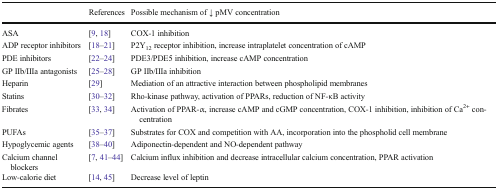
<table><thead><tr><td></td><td><b>References</b></td><td><b>Possible mechanism of ↓ pMV concentration</b></td></tr></thead><tbody><tr><td>ASA</td><td>[9, 18]</td><td>COX-1 inhibition</td></tr><tr><td>ADP receptor inhibitors</td><td>[18–21]</td><td>P2Y<sub>12</sub> receptor inhibition, increase intraplatelet concentration of cAMP</td></tr><tr><td>PDE inhibitors</td><td>[22–24]</td><td>PDE3/PDE5 inhibition, increase cAMP concentration</td></tr><tr><td>GP IIb/IIIa antagonists</td><td>[25–28]</td><td>GP IIb/IIIa inhibition</td></tr><tr><td>Heparin</td><td>[29]</td><td>Mediation of an attractive interaction between phospholipid membranes</td></tr><tr><td>Statins</td><td>[30–32]</td><td>Rho-kinase pathway, activation of PPARs, reduction of NF-κB activity</td></tr><tr><td>Fibrates</td><td>[33, 34]</td><td>Activation of PPAR-α, increase cAMP and cGMP concentration, COX-1 inhibition, inhibition of Ca<sup>2+</sup> concentration</td></tr><tr><td>PUFAs</td><td>[35–37]</td><td>Substrates for COX and competition with AA, incorporation into the phospholid cell membrane</td></tr><tr><td>Hypoglycemic agents</td><td>[38–40]</td><td>Adiponectin-dependent and NO-dependent pathway</td></tr><tr><td>Calcium channel blockers</td><td>[7, 41–44]</td><td>Calcium influx inhibition and decrease intracellular calcium concentration, PPAR activation</td></tr><tr><td>Low-calorie diet</td><td>[14, 45]</td><td>Decrease level of leptin</td></tr></tbody></table>